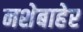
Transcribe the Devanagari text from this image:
नशेबाहेर